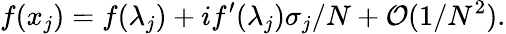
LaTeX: f(x_{j})=f(\lambda_{j})+if^{\prime}(\lambda_{j})\sigma_{j}/N+\mathcal{O}(1/N^{2}).